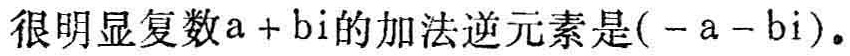
很明显复数\(a + b\text{i}\)的加法逆元素是\((- a - b\text{i})\)。